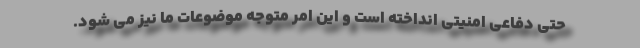
حتی دفاعی امنیتی انداخته است و این امر متوجه موضوعات ما نیز می شود.